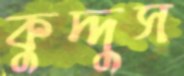
কুদ্দুস